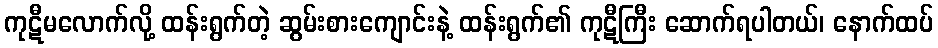
ကုဋီမလောက်လို့ ထန်းရွက်တဲ့ ဆွမ်းစားကျောင်းနဲ့ ထန်းရွက်၏ ကုဋီကြီး ဆောက်ရပါတယ်၊ နောက်ထပ်